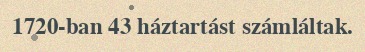
1720-ban 43 háztartást számláltak.